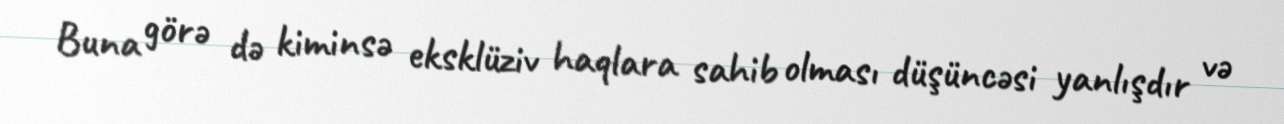
Buna görə də kiminsə eksklüziv haqlara sahib olması düşüncəsi yanlışdır və